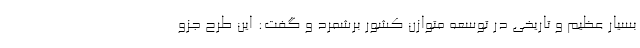
بسیار عظیم و تاریخی در توسعه متوازن کشور برشمرد و گفت: این طرح جزو